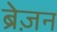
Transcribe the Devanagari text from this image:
ब्रेज़न